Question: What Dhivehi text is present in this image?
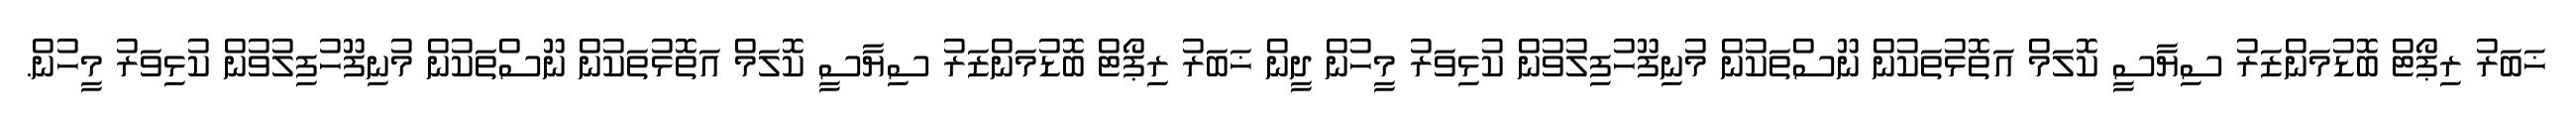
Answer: ޚަބަރު ރިޕޯޓް ބޮޑުމަންޒަރު ސިޔާސީ ކޮލަމް އަތޮޅުތަކުން ނޫސްތަކުން މުނިފޫހުފިލުވުން ކުޅިވަރު މީހުން ދީން ޚަބަރު ރިޕޯޓް ބޮޑުމަންޒަރު ސިޔާސީ ކޮލަމް އަތޮޅުތަކުން ނޫސްތަކުން މުނިފޫހުފިލުވުން ކުޅިވަރު މީހުން.